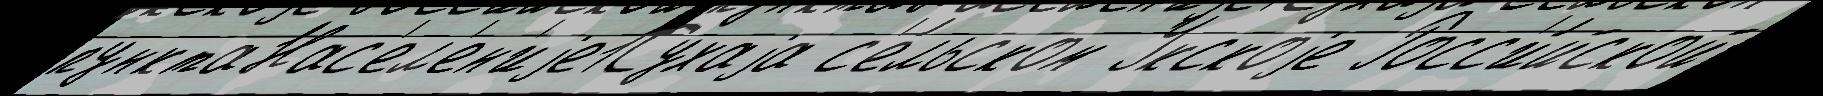
пунктаНас'ел'ен'иjе1Сухаjа с'е́льском Укскоjе Росс'и́йской